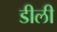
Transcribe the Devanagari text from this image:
डीली